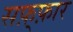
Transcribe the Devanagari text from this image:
सफ़्फ़ार